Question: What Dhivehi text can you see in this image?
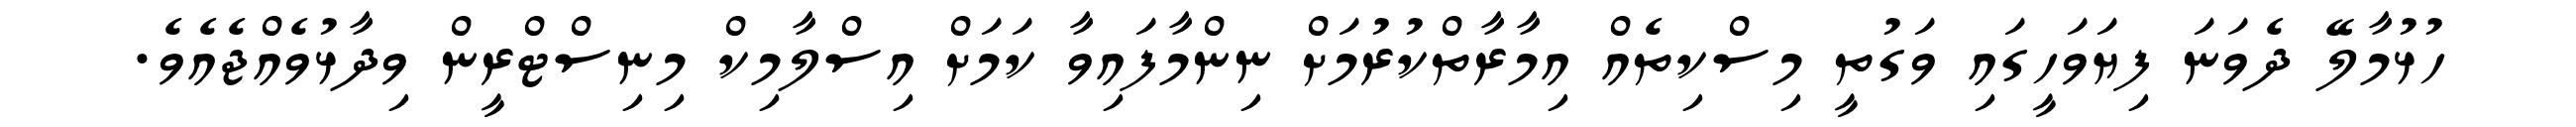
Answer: ހުޅުމާލޭ ދެވަނަ ފިޔަވަހީގައި ވަގުތީ މިސްކިތެއް އިމާރާތްކުރުމަށް ނިންމާފައިވާ ކަމަށް އިސްލާމިކް މިނިސްޓްރީން ވިދާޅުވެއްޖެއެވެ.